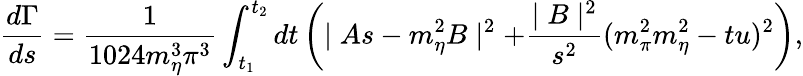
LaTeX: {\frac{d\Gamma}{ds}}={\frac{1}{1024m_{\eta}^{3}\pi^{3}}}\int_{t_{1}}^{t_{2}}dt\left(\mid As-m_{\eta}^{2}B\mid^{2}+{\frac{\mid B\mid^{2}}{s^{2}}}(m_{\pi}^{2}m_{\eta}^{2}-tu)^{2}\right),